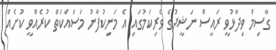
ގާސިމް ވިދާޅުވީ ރައީސް ނަޝީދުގެ ވެރިކަމުގައި އެ މަނިކުފާނު މަސައްކަތް ކުރެއްވީ ކުށެއް